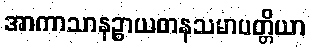
အာကာသာနဉ္စာယတနသမာပတ္တိယာ